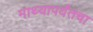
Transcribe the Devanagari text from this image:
माथ्यापर्यंतचा